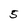
Character: 5